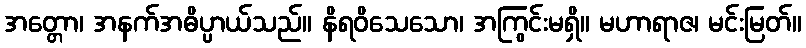
အတ္တော၊ အနက်အဓိပ္ပာယ်သည်။ နိရဝိသေသော၊ အကြွင်းမရှိ။ မဟာရာဇ၊ မင်းမြတ်။